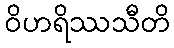
ဝိဟရိဿသီတိ